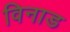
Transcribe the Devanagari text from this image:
विनाड